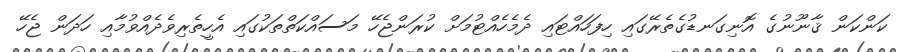
ކަންކަން ޤާނޫނުގެ އޮނިގަނޑުގެތެރޭގައި ހިފަހައްޓައި ދެމެހެއްޓުމަށް ކުރަންޖެހޭ މަސައްކަތްތަކުގައި އެހީތެރިވެދެއްވުމާއި ހަދަން ޖެހޭ